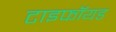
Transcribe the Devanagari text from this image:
टाइफॉयड